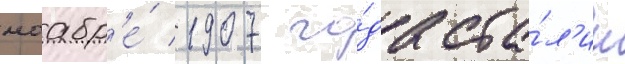
ноабр'е́ 1907 го́да ста́л'ин